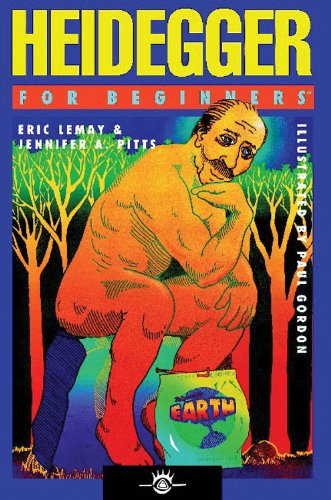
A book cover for Heidegger For Beginners; Eric Lemay; Biographies & Memoirs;